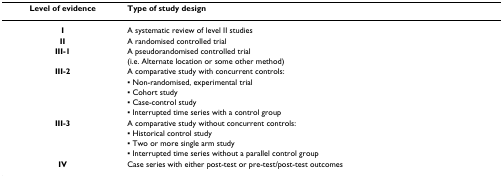
<table><thead><tr><td><b>Level of evidence</b></td><td><b>Type of study design</b></td></tr></thead><tbody><tr><td><b>I</b></td><td>A systematic review of level II studies</td></tr><tr><td><b>II</b></td><td>A randomised controlled trial</td></tr><tr><td><b>III-1</b></td><td>A pseudorandomised controlled trial</td></tr><tr><td></td><td>(i.e. Alternate location or some other method)</td></tr><tr><td><b>III-2</b></td><td>A comparative study with concurrent controls:</td></tr><tr><td></td><td>▪ Non-randomised, experimental trial</td></tr><tr><td></td><td>▪ Cohort study</td></tr><tr><td></td><td>▪ Case-control study</td></tr><tr><td></td><td>▪ Interrupted time series with a control group</td></tr><tr><td><b>III-3</b></td><td>A comparative study without concurrent controls:</td></tr><tr><td></td><td>▪ Historical control study</td></tr><tr><td></td><td>▪ Two or more single arm study</td></tr><tr><td></td><td>▪ Interrupted time series without a parallel control group</td></tr><tr><td><b>IV</b></td><td>Case series with either post-test or pre-test/post-test outcomes</td></tr></tbody></table>